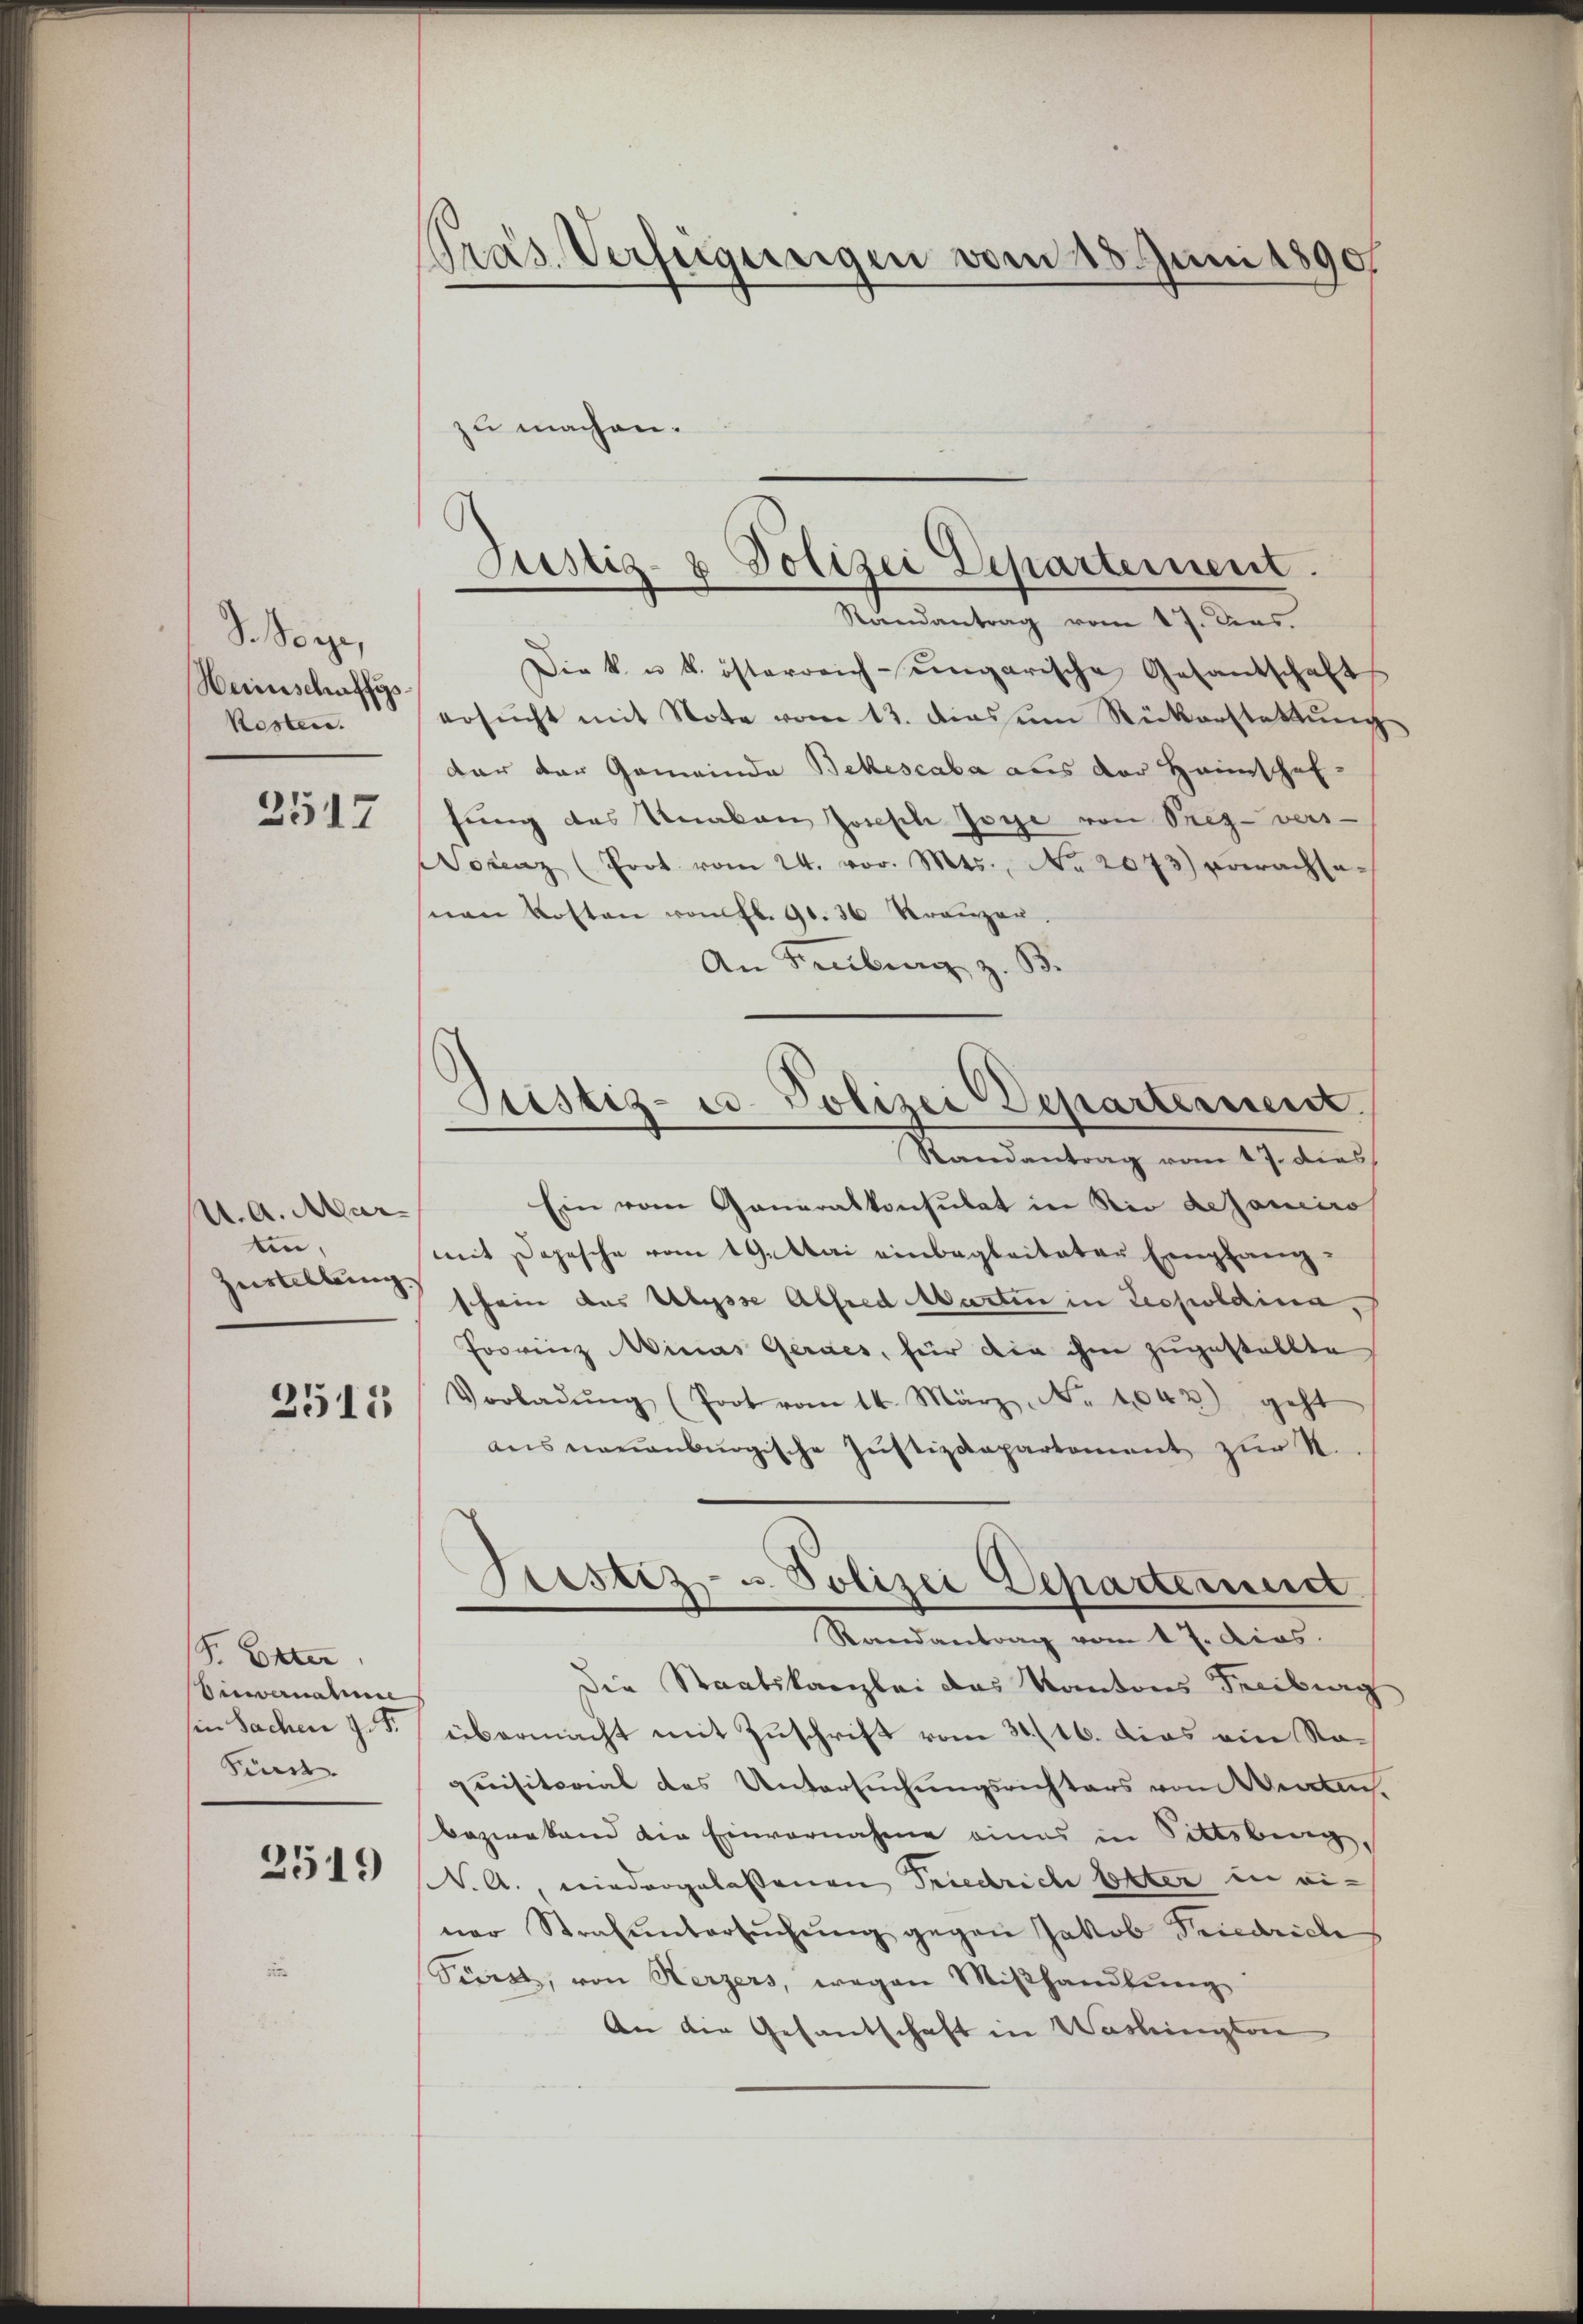
S. Seege,
Weinschaffgs
Kosten.
2517

U. A. Mar
tin,
Zustellung.
2511

P. Elter
Einwernahme
in Sachen z. B.
Fürst

2519

Pras. Verfügungen vom 15. Juni 1890

Justiz- & Polizei Departement.
Randantrag vom 17. Dies

Pristiz- u. Polizei Departement.

zu machen.
Die k. u. k. österreich-ungarische Gesandschaft
ersucht mit Note vom 13. dies um Rückerstattung
dar der Gemeinde Bekescaba aus der Heimschaffung des Unakan Joseph Jone von Prez-vers-
ocenz (Prot vom 24. vor. Mts., No 2073) erwachse-
nen Kosten von fl. 90. 30 Kreuzen.
An Freiburg z. B.
Randantrag vom 17. dies
Ein vom Generalkonsulat in Rio deponiros
mit Depesche vom 19. Mai einbegleiteter Empfang-
schein das Ulysse Alfred Marten in Leopoldina,
Joorenz Minas Gernes, für die ihm zugestellte
Vorladŭng (Joot vom 14. März, No 1042) geht
aus neuenburgische Justizdepartement zur R.
Prestiz- u. Polizei Departement
Randantrag vom 17. dies.
Die Staatskanzlei das Kantons Freibung
übermacht mit Zuschrift vom 31. 16. dies eine Noquisitorial des Untersuchungsrichters vom Werten
Bezwakand die Einvernahme eines in Sittsberg,
N. A., niedergelassenen Friedrich Elter in einer Strafuntersŭchŭng gegen Jakob Friedrich
Siret, von Herzers, wegen Miβhandlŭng.
An die Gesandschaft in Washington